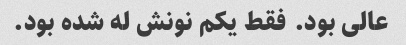
عالی بود. فقط یکم نونش له شده بود.